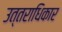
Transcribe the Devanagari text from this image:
उत्तराधिकार